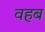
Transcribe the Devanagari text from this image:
वहब